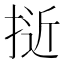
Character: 𭡕